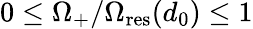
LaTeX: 0\leq\Omega_{+}/\Omega_{\mathrm{res}}(d_{0})\leq 1